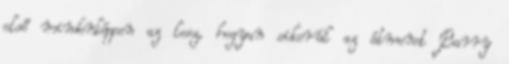
első mindenképpen az lesz, hogyan sikerül az átmenet Barry